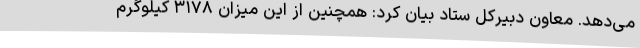
می‌دهد. معاون دبیرکل ستاد بیان کرد: همچنین از این میزان ۳۱۷۸ کیلوگرم